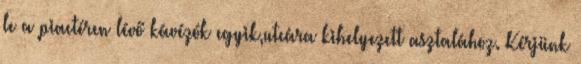
le a piactéren lévő kávézók egyik,utcára kihelyezett asztalához. Kérjünk